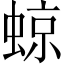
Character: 𧌬